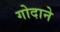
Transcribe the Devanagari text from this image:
गोदाने